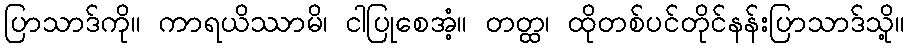
ပြာသာဒ်ကို။ ကာရယိဿာမိ၊ ငါပြုစေအံ့။ တတ္ထ၊ ထိုတစ်ပင်တိုင်နန်းပြာသာဒ်သို့။